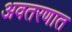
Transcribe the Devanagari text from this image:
अवतरणात